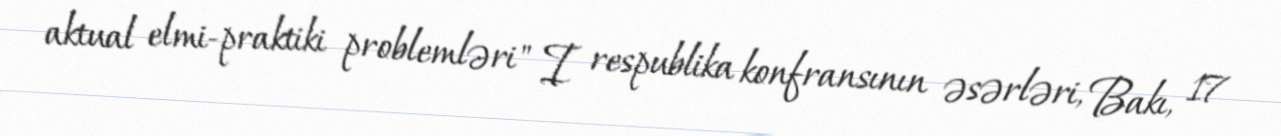
aktual elmi-praktiki problemləri" I respublika konfransının əsərləri, Bakı, 17